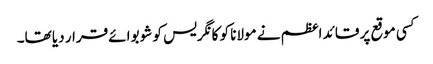
کسی موقع پر قائد اعظم نے مولانا کو کانگریس کو شو بوائے قرار دیا تھا۔